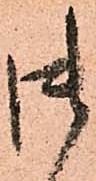
御